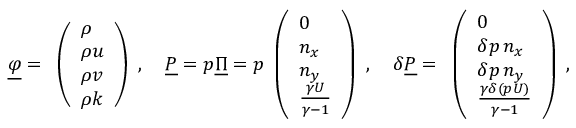
\underline { { \varphi } } = \begin{array} { l } { \left( \begin{array} { l } { \rho } \\ { \rho u } \\ { \rho v } \\ { \rho k } \end{array} \right) } \end{array} , \quad \underline { { P } } = p \underline { { \Pi } } = p \begin{array} { l } { \left( \begin{array} { l } { 0 } \\ { n _ { x } } \\ { n _ { y } } \\ { \frac { \gamma U } { \gamma - 1 } } \end{array} \right) } \end{array} , \quad \delta \underline { { P } } = \begin{array} { l } { \left( \begin{array} { l } { 0 } \\ { \delta p \, n _ { x } } \\ { \delta p \, n _ { y } } \\ { \frac { \gamma \delta ( p U ) } { \gamma - 1 } } \end{array} \right) } \end{array} ,